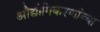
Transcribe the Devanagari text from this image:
औद्योगिकरणांच्या